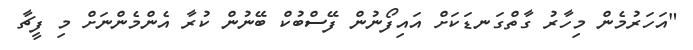
"އަހަރުމެން މިހާރު ގާތްގަނޑަކަށް އައިފޯނުން ފޭސްބުކް ބޭނުން ކުރާ އެންމެންނަށް މި ފީޗާ